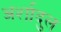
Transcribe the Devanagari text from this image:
अर्शादुल